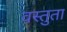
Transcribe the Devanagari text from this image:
वस्तुता